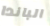
الباندا